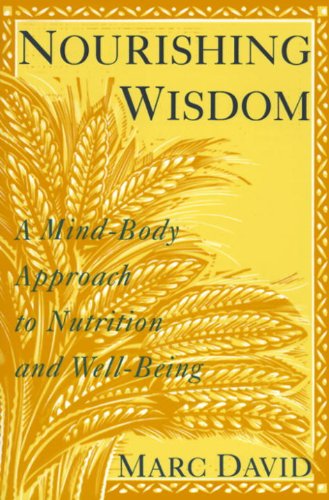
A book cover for Nourishing Wisdom: A Mind-Body Approach to Nutrition and Well-Being; Marc David; Health, Fitness & Dieting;